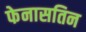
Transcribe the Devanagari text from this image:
फेनासतिन